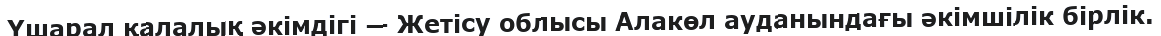
Үшарал қалалық әкімдігі — Жетісу облысы Алакөл ауданындағы әкімшілік бірлік.